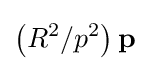
\left(R^{2}/p^{2}\right)\mathbf {p}